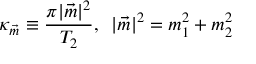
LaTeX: \kappa _ { \vec { m } } \equiv \frac { \pi | { \vec { m } } | ^ { 2 } } { T _ { 2 } } , \, \, \, | { \vec { m } } | ^ { 2 } = m _ { 1 } ^ { 2 } + m _ { 2 } ^ { 2 }